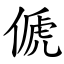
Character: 傂